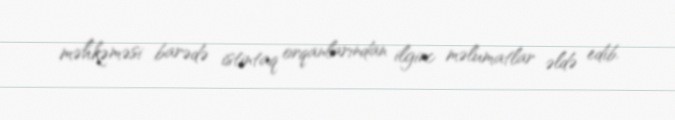
məhkəməsi barədə istintaq orqanlarından ilginc məlumatlar əldə edib.